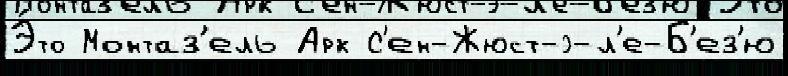
Э́то Монтаз'ель Арк С'ен-Жюст-э-л'е-Б'ез'ю